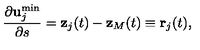
\frac { \partial { \bf u } _ { j } ^ { \min } } { \partial s } = { \bf z } _ { j } ( t ) - { \bf z } _ { M } ( t ) \equiv { \bf r } _ { j } ( t ) ,